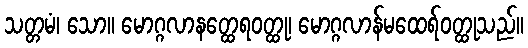
သတ္တမံ၊ သော။ မောဂ္ဂလာနတ္ထေရဝတ္ထု၊ မောဂ္ဂလာန်မထေရ်ဝတ္ထုသည်။